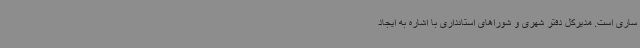
ساری است. مدیرکل دفتر شهری و شوراهای استانداری با اشاره به ایجاد